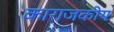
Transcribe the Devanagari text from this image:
काराजकीय